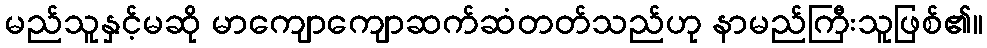
မည်သူနှင့်မဆို မာကျောကျောဆက်ဆံတတ်သည်ဟု နာမည်ကြီးသူဖြစ်၏။